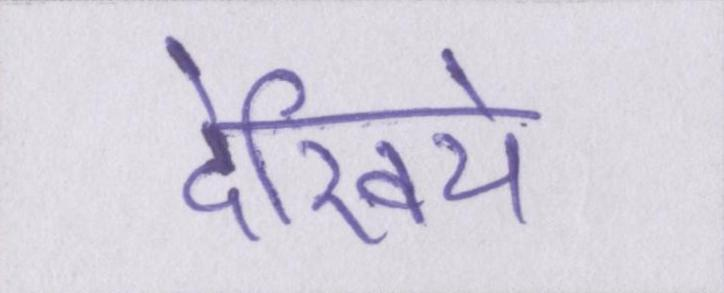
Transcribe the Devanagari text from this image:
देखिये